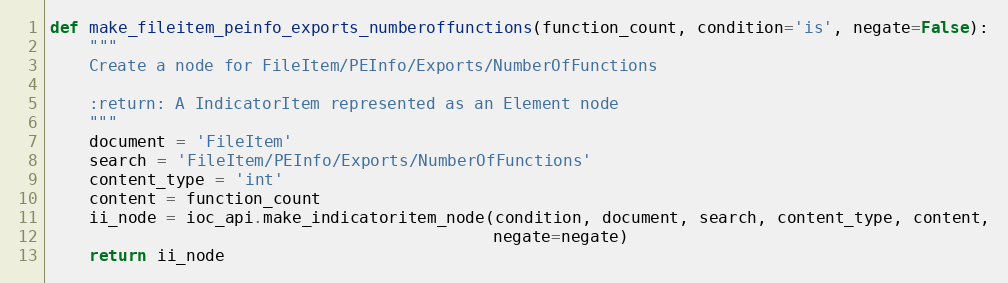
Language: Python
def make_fileitem_peinfo_exports_numberoffunctions(function_count, condition='is', negate=False):
    """
    Create a node for FileItem/PEInfo/Exports/NumberOfFunctions

    :return: A IndicatorItem represented as an Element node
    """
    document = 'FileItem'
    search = 'FileItem/PEInfo/Exports/NumberOfFunctions'
    content_type = 'int'
    content = function_count
    ii_node = ioc_api.make_indicatoritem_node(condition, document, search, content_type, content,
                                              negate=negate)
    return ii_node